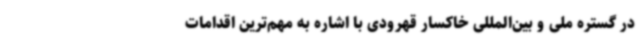
در گستره ملی و بین‌المللی خاکسار قهرودی با اشاره به مهم‌ترین اقدامات